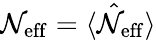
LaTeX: \mathcal{N}_{\mathrm{{eff}}}=\langle\hat{{\mathcal{N}}}_{\mathrm{{eff}}}\rangle